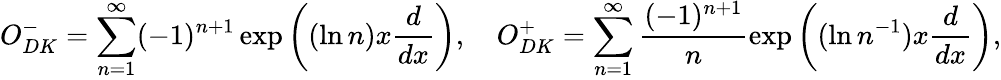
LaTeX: O_{DK}^{-}=\sum_{n=1}^{\infty}(-1)^{n+1}\exp{\left((\ln n)x\frac{d}{dx}\right)},\quad O_{DK}^{+}=\sum_{n=1}^{\infty}\frac{(-1)^{n+1}}{n}\exp{\left((\ln n^{-1})x\frac{d}{dx}\right)},